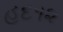
હૂદ૧૨